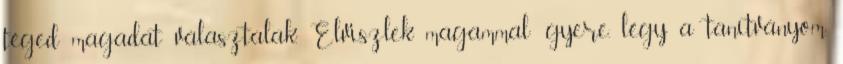
téged magadat választalak. Elviszlek magammal: gyere, légy a tanítványom.